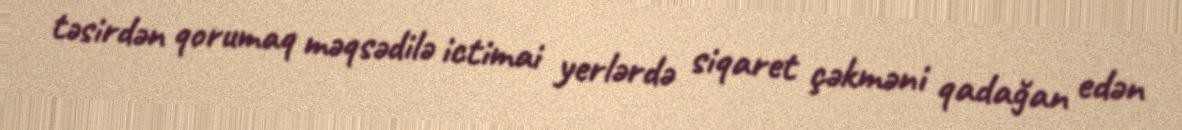
təsirdən qorumaq məqsədilə ictimai yerlərdə siqaret çəkməni qadağan edən